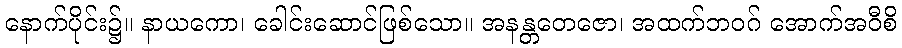
နောက်ပိုင်း၌။ နာယကော၊ ခေါင်းဆောင်ဖြစ်သော။ အနန္တတေဇော၊ အထက်ဘဝဂ် အောက်အဝီစိ